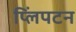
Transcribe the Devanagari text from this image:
प्लिंपटन